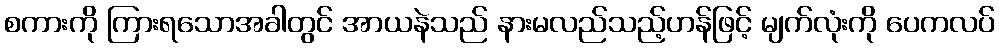
စကားကို ကြားရသောအခါတွင် အာယနဲသည် နားမလည်သည့်ဟန်ဖြင့် မျက်လုံးကို ပေကလပ်